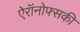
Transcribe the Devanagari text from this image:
ऐरॉनोफ्सकी